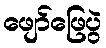
ဖျော်ဖြေပွဲ